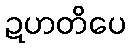
ဍဟတိပေ